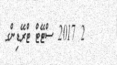
2 2017 ސްޓޭޓް ޓްރޭޑިންގ